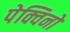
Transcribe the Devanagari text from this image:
पेक्विनो